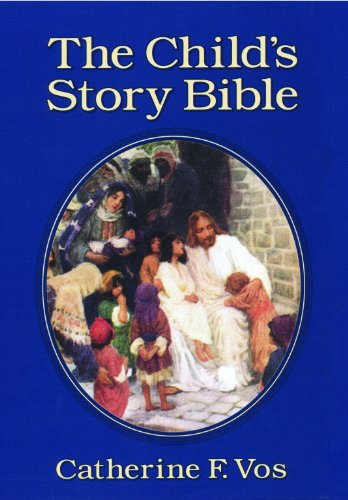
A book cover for The Child's Story Bible; Catherine F. Vos; Christian Books & Bibles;